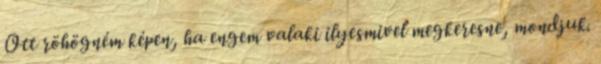
Ott röhögném képen, ha engem valaki ilyesmivel megkeresne, mondjuk.